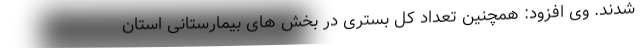
شدند. وی افزود: همچنین تعداد کل بستری در بخش های بیمارستانی استان